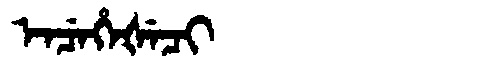
Manchu: ᡝᠨᠴᡝᡥᡝᡧᡝᠴᡳ
Romanization: ENCEHEŠECI